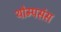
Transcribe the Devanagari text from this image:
थोम्पसंस